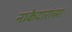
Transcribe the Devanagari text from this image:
नाकेदारांच्या